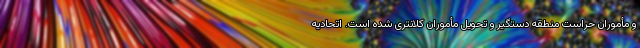
و مأموران حراست منطقه دستگیر و تحویل مأموران کلانتری شده است. اتحادیه